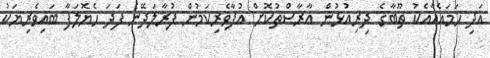
އަދި ހަމައެއާއެކު ތޫބާގެ ދިރިއުޅުން އާރާސްތުކޮށް އުފާވެރިކަމުން ފުރާލަދޭނެ ފަދަ ހެޔޮލަފާ ބައިވެރިޔަކު